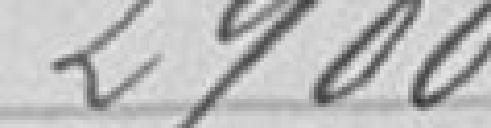
200